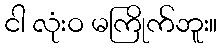
ငါ လုံးဝ မကြိုက်ဘူး။